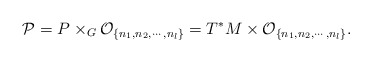
\begin{align*}{\cal P}= P\times_G{\cal O}_{\{n_1,n_2,\cdots,n_l\}}=T^*M\times {\cal O}_{\{n_1,n_2,\cdots,n_l\}}.\end{align*}